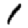
Digit: 1